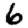
Digit: 6